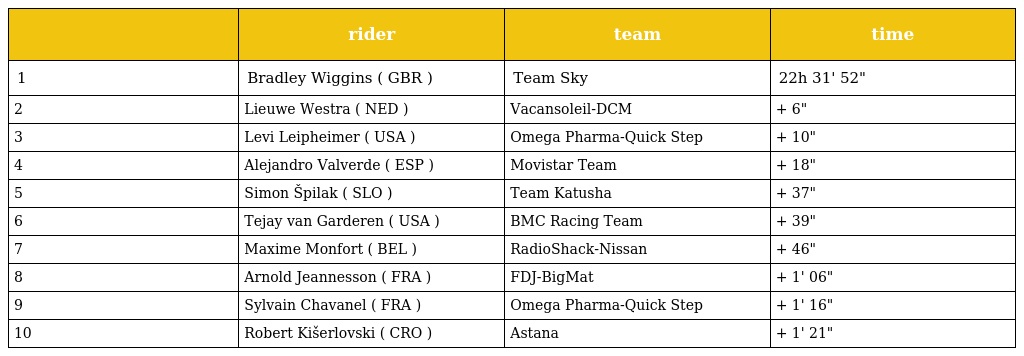
|  | rider | team | time |
 | --- | --- | --- | --- |
 | 1 | Bradley Wiggins ( GBR ) | Team Sky | 22h 31' 52" |
 | 2 | Lieuwe Westra ( NED ) | Vacansoleil-DCM | + 6" |
 | 3 | Levi Leipheimer ( USA ) | Omega Pharma-Quick Step | + 10" |
 | 4 | Alejandro Valverde ( ESP ) | Movistar Team | + 18" |
 | 5 | Simon Špilak ( SLO ) | Team Katusha | + 37" |
 | 6 | Tejay van Garderen ( USA ) | BMC Racing Team | + 39" |
 | 7 | Maxime Monfort ( BEL ) | RadioShack-Nissan | + 46" |
 | 8 | Arnold Jeannesson ( FRA ) | FDJ-BigMat | + 1' 06" |
 | 9 | Sylvain Chavanel ( FRA ) | Omega Pharma-Quick Step | + 1' 16" |
 | 10 | Robert Kišerlovski ( CRO ) | Astana | + 1' 21" |